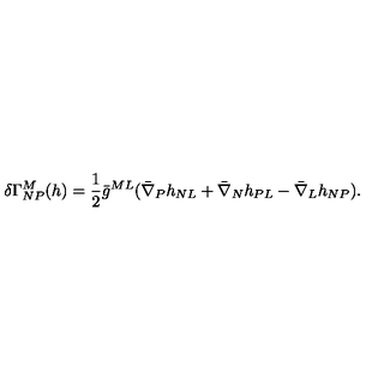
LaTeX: \delta \Gamma _ { N P } ^ { M } ( h ) = { \frac { 1 } { 2 } } \bar { g } ^ { M L } ( \bar { \nabla } _ { P } h _ { N L } + \bar { \nabla } _ { N } h _ { P L } - \bar { \nabla } _ { L } h _ { N P } ) .